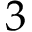
3